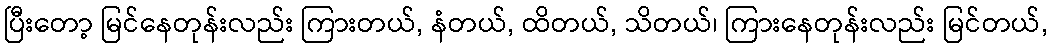
ပြီးတော့ မြင်နေတုန်းလည်း ကြားတယ်, နံတယ်, ထိတယ်, သိတယ်၊ ကြားနေတုန်းလည်း မြင်တယ်,